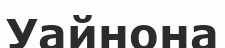
Уайнона